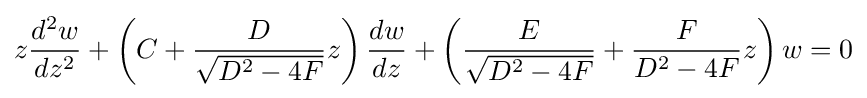
z{\frac {d^{2}w}{dz^{2}}}+\left(C+{\frac {D}{\sqrt {D^{2}-4F}}}z\right){\frac {dw}{dz}}+\left({\frac {E}{\sqrt {D^{2}-4F}}}+{\frac {F}{D^{2}-4F}}z\right)w=0